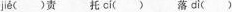
jié (）责 托ci() 落 di()